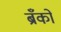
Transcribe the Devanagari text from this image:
ब्रँको